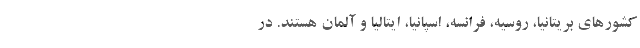
کشورهای بریتانیا، روسیه، فرانسه، اسپانیا، ایتالیا و آلمان هستند. در